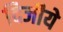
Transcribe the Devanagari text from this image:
दिजीये